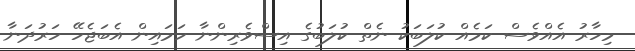
މިހާރު އެއްވެސް ކަމެއް ކުލަބަކު ނެތް ކުލަބުގެ އިސްވެރިންނާ ހަމައިން އެބަޖެހޭ ހަރުދަނާ